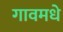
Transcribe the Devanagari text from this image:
गावमधे